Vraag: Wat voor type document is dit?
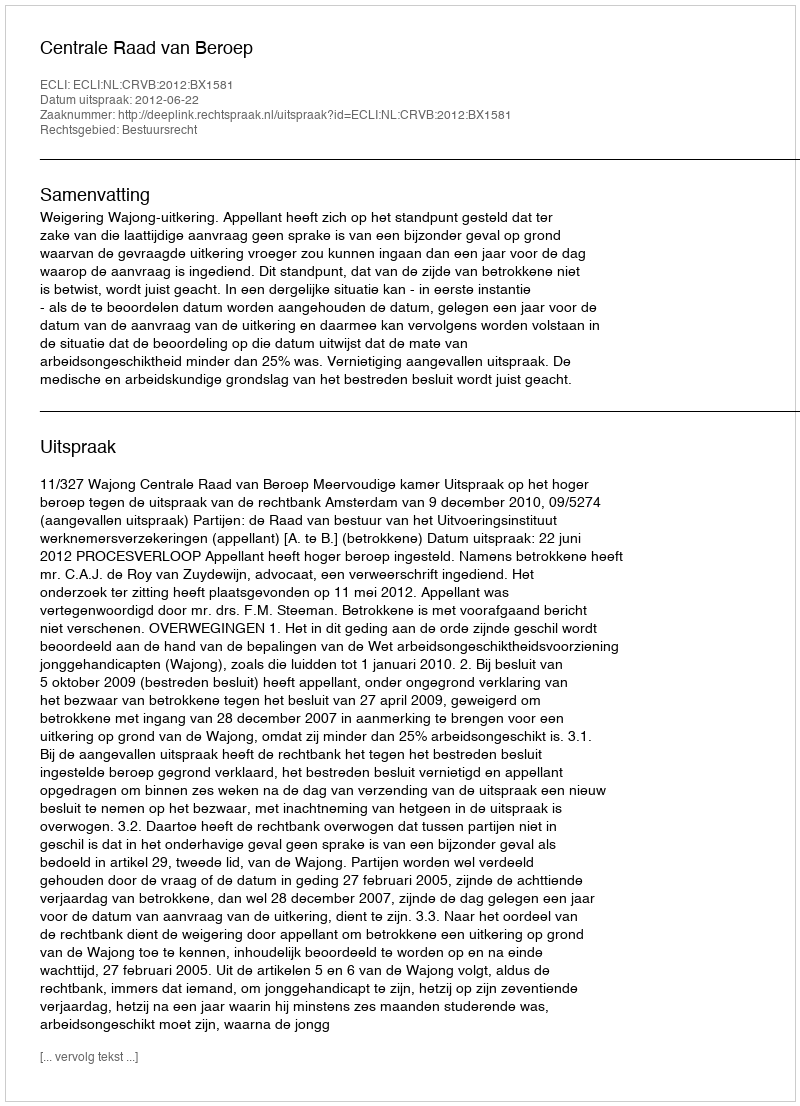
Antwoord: Uitspraak